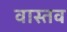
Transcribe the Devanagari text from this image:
वास्तव